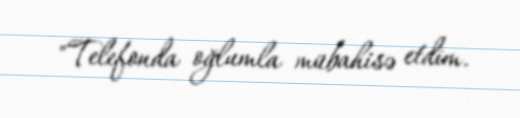
"Telefonda oğlumla mübahisə etdim.